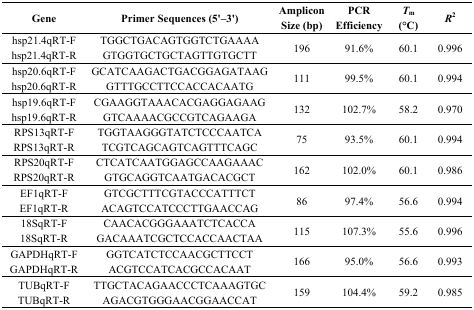
<table><thead><tr><td><b>Gene</b></td><td><b>Primer Sequences (5&#x27;–3&#x27;)</b></td><td><b>Amplicon Size (bp)</b></td><td><b>PCR Efficiency</b></td><td><b><i>T</i><sub>m</sub> (°C)</b></td><td><b><i>R</i><sup>2</sup></b></td></tr></thead><tbody><tr><td>hsp21.4qRT-F</td><td>TGGCTGACAGTGGTCTGAAAA</td><td rowspan="2">196</td><td rowspan="2">91.6%</td><td rowspan="2">60.1</td><td rowspan="2">0.996</td></tr><tr><td>hsp21.4qRT-R</td><td>GTGGTGCTGCTAGTTGTGCTT</td></tr><tr><td>hsp20.6qRT-F</td><td>GCATCAAGACTGACGGAGATAAG</td><td rowspan="2">111</td><td rowspan="2">99.5%</td><td rowspan="2">60.1</td><td rowspan="2">0.994</td></tr><tr><td>hsp20.6qRT-R</td><td>GTTTGCCTTCCACCACAATG</td></tr><tr><td>hsp19.6qRT-F</td><td>CGAAGGTAAACACGAGGAGAAG</td><td rowspan="2">132</td><td rowspan="2">102.7%</td><td rowspan="2">58.2</td><td rowspan="2">0.970</td></tr><tr><td>hsp19.6qRT-R</td><td>GTCAAAACGCCGTCAGAAGA</td></tr><tr><td>RPS13qRT-F</td><td>TGGTAAGGGTATCTCCCAATCA</td><td rowspan="2">75</td><td rowspan="2">93.5%</td><td rowspan="2">60.1</td><td rowspan="2">0.994</td></tr><tr><td>RPS13qRT-R</td><td>TCGTCAGCAGTCAGTTTCAGC</td></tr><tr><td>RPS20qRT-F</td><td>CTCATCAATGGAGCCAAGAAAC</td><td rowspan="2">162</td><td rowspan="2">102.0%</td><td rowspan="2">60.1</td><td rowspan="2">0.986</td></tr><tr><td>RPS20qRT-R</td><td>GTGCAGGTCAATGACACGCT</td></tr><tr><td>EF1qRT-F</td><td>GTCGCTTTCGTACCCATTTCT</td><td rowspan="2">86</td><td rowspan="2">97.4%</td><td rowspan="2">56.6</td><td rowspan="2">0.994</td></tr><tr><td>EF1qRT-R</td><td>ACAGTCCATCCCTTGAACCAG</td></tr><tr><td>18SqRT-F</td><td>CAACACGGGAAATCTCACCA</td><td rowspan="2">115</td><td rowspan="2">107.3%</td><td rowspan="2">55.6</td><td rowspan="2">0.996</td></tr><tr><td>18SqRT-R</td><td>GACAAATCGCTCCACCAACTAA</td></tr><tr><td>GAPDHqRT-F</td><td>GGTCATCTCCAACGCTTCCT</td><td rowspan="2">166</td><td rowspan="2">95.0%</td><td rowspan="2">56.6</td><td rowspan="2">0.993</td></tr><tr><td>GAPDHqRT-R</td><td>ACGTCCATCACGCCACAAT</td></tr><tr><td>TUBqRT-F</td><td>TTGCTACAGAACCCTCAAAGTGC</td><td rowspan="2">159</td><td rowspan="2">104.4%</td><td rowspan="2">59.2</td><td rowspan="2">0.985</td></tr><tr><td>TUBqRT-R</td><td>AGACGTGGGAACGGAACCAT</td></tr></tbody></table>